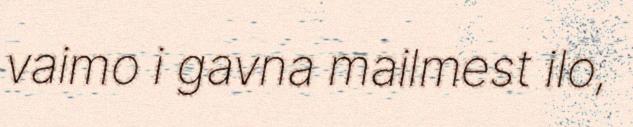
vaimo i gavna mailmest ilo,